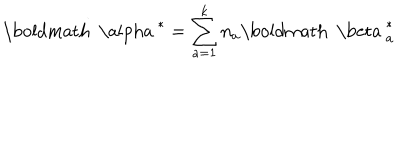
{ \mathrm { \boldmath ~ \ a l p h a ~ } } ^ { * } = \sum _ { a = 1 } ^ { k } n _ { a } { { \mathrm { \boldmath ~ \ b e t a ~ } } _ { a } ^ { * } }